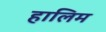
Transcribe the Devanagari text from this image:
हालिम